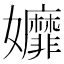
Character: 孊